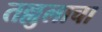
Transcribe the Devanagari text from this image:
तल्लुलाचा